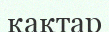
қақтар